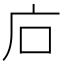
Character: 𢇞